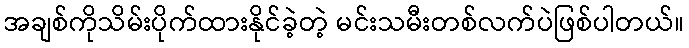
အချစ်ကိုသိမ်းပိုက်ထားနိုင်ခဲ့တဲ့ မင်းသမီးတစ်လက်ပဲဖြစ်ပါတယ်။